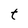
Character: t